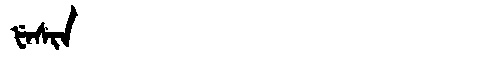
Manchu: ᡶᡝᠰᡳᠨ
Romanization: FESIN